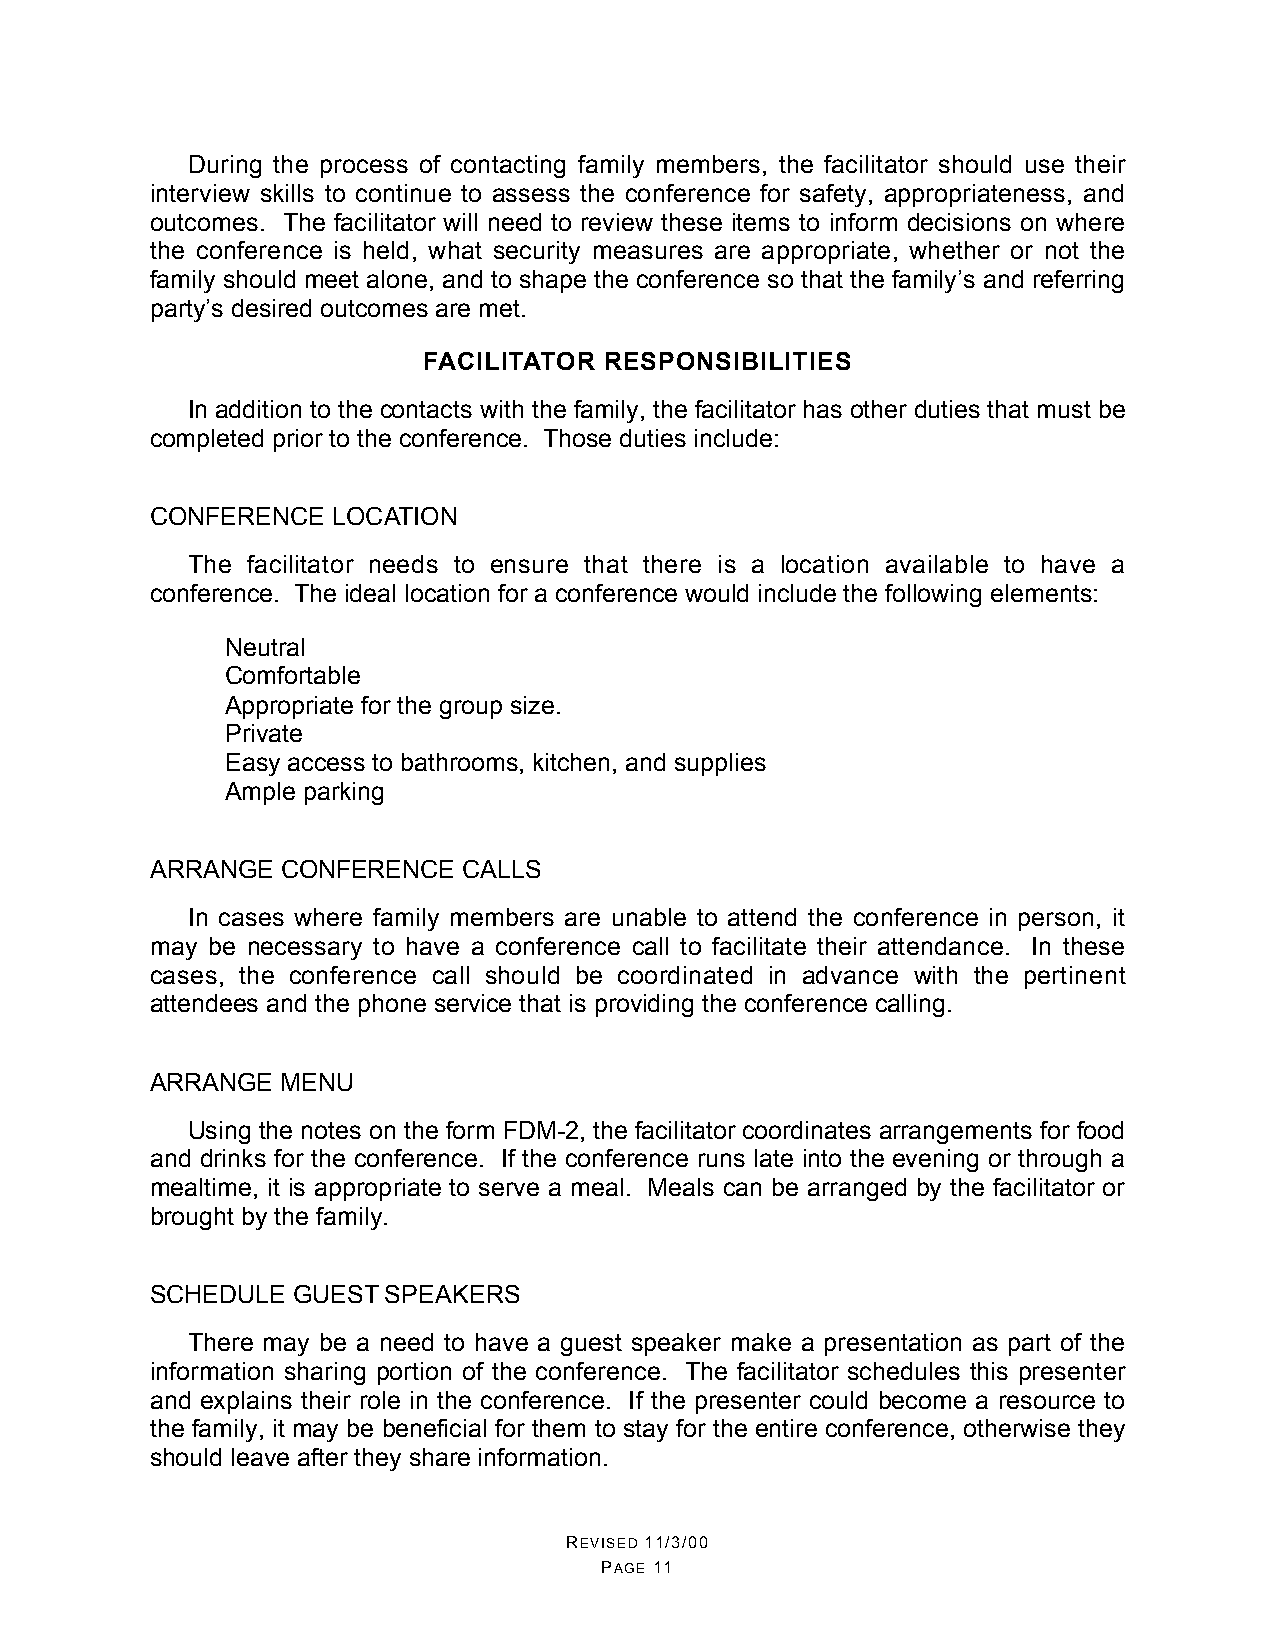
During the process of contacting family members, the facilitator should use their
 interview skills to continue to assess the conference for safety, appropriateness, and
 outcomes. The facilitator will need to review these items to inform decisions on where
 the conference is held, what security measures are appropriate, whether or not the
 family should meet alone, and to shape the conference so that the family’s and referring
 party’s desired outcomes are met.
 FACILITATOR RESPONSIBILITIES
 In addition to the contacts with the family, the facilitator has other duties that must be
 completed prior to the conference. Those duties include:
 CONFERENCE  LOCATION
 The facilitator needs to ensure that there is a location available to have a
 conference. The ideal location for a conference would include the following elements:
 •  Neutral
 •  Comfortable
 •  Appropriate for the group size.
 •  Private
 •  Easy access to bathrooms, kitchen, and supplies
 •  Ample parking
 ARRANGE  CONFERENCE  CALLS
 In cases where family members are unable to attend the conference in person, it
 may be necessary to have a conference call to facilitate their attendance. In these
 cases, the conference call should be coordinated in advance with the pertinent
 attendees and the phone service that is providing the conference calling.
 ARRANGE  MENU
 Using the notes on the form FDM-2, the facilitator coordinates arrangements for food
 and drinks for the conference. If the conference runs late into the evening or through a
 mealtime, it is appropriate to serve a meal. Meals can be arranged by the facilitator or
 brought by the family.
 SCHEDULE GUEST  SPEAKERS
 There may be a need to have a guest speaker make a presentation as part of the
 information sharing portion of the conference. The facilitator schedules this presenter
 and explains their role in the conference. If the presenter could become a resource to
 the family, it may be beneficial for them to stay for the entire conference, otherwise they
 should leave after they share information.
 REVISED 11/3/00
 PAGE 11